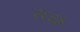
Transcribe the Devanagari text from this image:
२६६वे